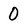
Character: 0